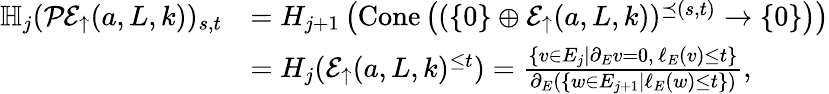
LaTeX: \begin{array}{rl}{\mathbb{H}_{j}(\mathcal{PE}_{\uparrow}(a,L,k))_{s,t}}&{=H_{j+1}\left(\mathrm{Cone}\left((\{ 0\} \oplus\mathcal{E}_{\uparrow}(a,L,k))^{\preceq(s,t)}\to\{ 0\} \right)\right)}\\ &{=H_{j}(\mathcal{E}_{\uparrow}(a,L,k)^{\leq t})=\frac{\{ v\in E_{j}|\partial_{E}v=0,\, \ell_{E}(v)\leq t\} }{\partial_{E}\left(\{ w\in E_{j+1}|\ell_{E}(w)\leq t\} \right)},}\end{array}